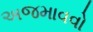
અજમાવવો